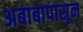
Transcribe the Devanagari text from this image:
अबाबापासून